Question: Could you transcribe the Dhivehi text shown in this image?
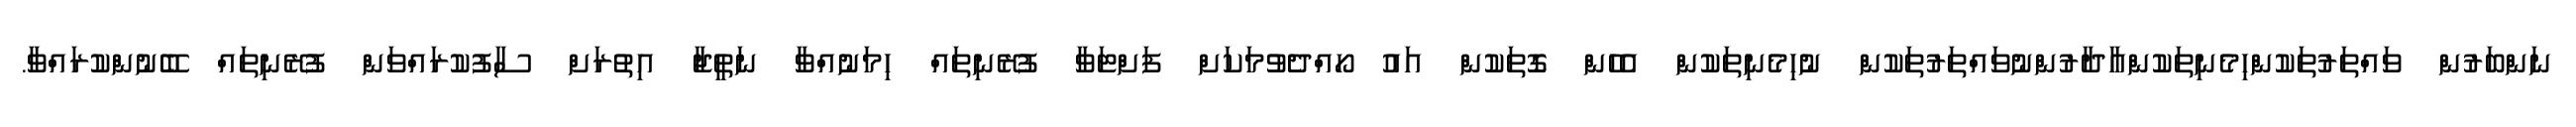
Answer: ނަންބަރުން ވައްތަރުތަކުންހިމެނިތަކުންއާދާރުންނުވައްތަރުތަކުން ނުހިމެނިތަކުން އެހެން ގޮތަކުން އައު ހޯއްދެވުމަކަށް ފަށްޓަވާ ފުރޭނިތައް ހިމަނުއްވާ ނަތީޖާ އިތުރަށް ސާފުކުރައްވަން ފުރޭނިތައް ބޭނުންކުރައްވާ.